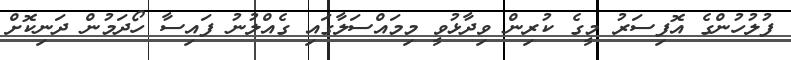
ފުލުހުންގެ އޮފިސަރު މީގެ ކުރިން ވިދާޅުވީ މިމައްސަލާގައި ގެއްލުނު ފައިސާ ހޯދަމުން ދަނިިކޮށް